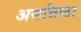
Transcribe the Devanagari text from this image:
असन्निष्ठा